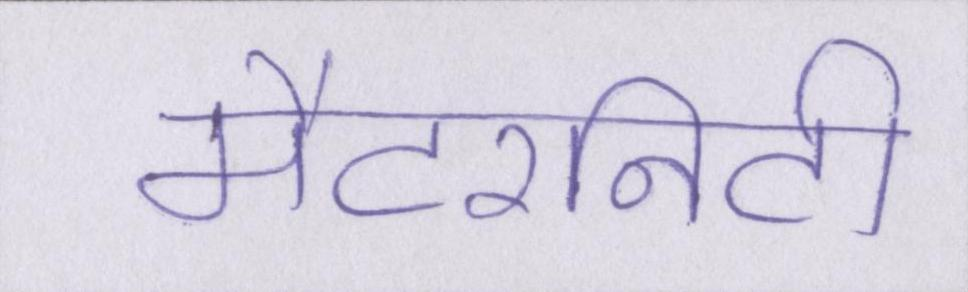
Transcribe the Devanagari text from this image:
मैटरनिटी